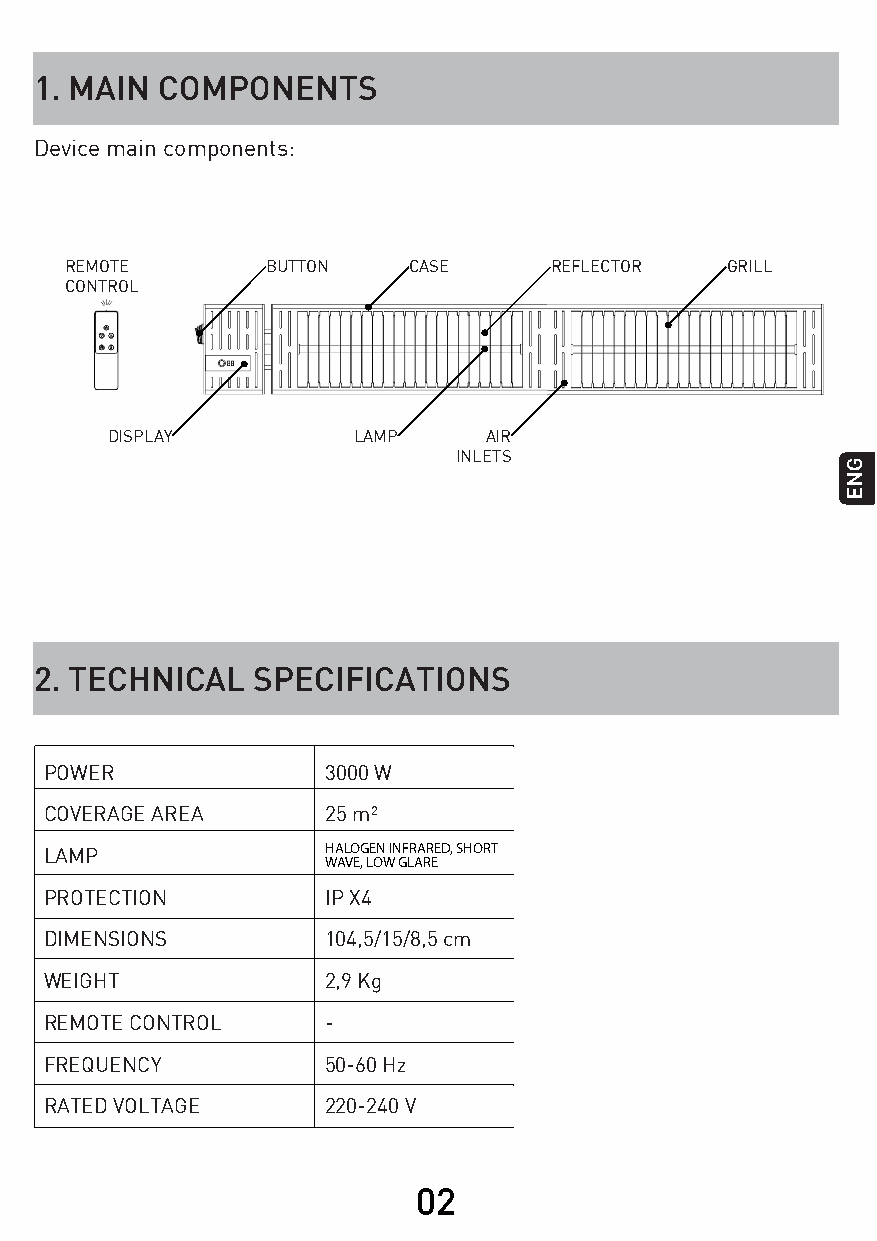
1. MAIN  COMPONENTS
 Device main components:
 REMOTE        BUTTON   CASE     REFLECTOR   GRILL
 CONTROL
 DISPLAY         LAMP     AIR
 INLETS
 2. TECHNICAL   SPECIFICATIONS
 POWER              3000 W
 COVERAGE AREA      25 m²
 HALOGEN INFRARED, SHORT
 LAMP               WAVE, LOW GLARE
 PROTECTION         IP X4
 DIMENSIONS         104,5/15/8,5 cm
 WEIGHT             2,9 Kg
 REMOTE CONTROL     -
 FREQUENCY          50-60 Hz
 RATED VOLTAGE      220-240 V
 02